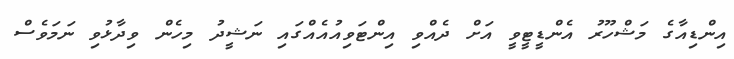
އިންޑިއާގެ މަޝްހޫރު އެންޑީޓީވީ އަށް ދެއްވި އިންޓަވިއުއެއްގައި ނަޝީދު މިހެން ވިދާޅުވި ނަމަވެސް